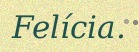
Felícia.